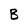
Character: B